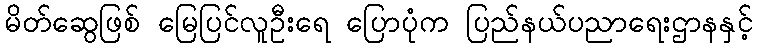
မိတ်ဆွေဖြစ် မြေပြင်လူဦးရေ ပြောပုံက ပြည်နယ်ပညာရေးဌာနနှင့်